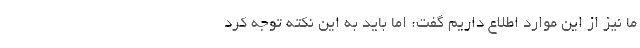
ما نیز از این موارد اطلاع داریم گفت: اما باید به این نکته توجه کرد